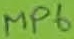
Text: MP6